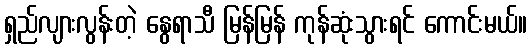
ရှည်လျားလွန်းတဲ့ နွေရာသီ မြန်မြန် ကုန်ဆုံးသွားရင် ကောင်းမယ်။